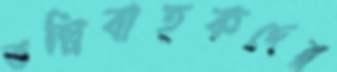
তল্পিবাহকদের